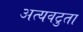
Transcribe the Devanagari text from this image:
अत्यवटुता